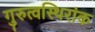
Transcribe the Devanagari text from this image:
गुरुत्वस्थिरांक